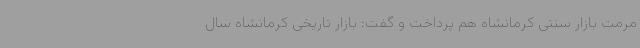
مرمت بازار سنتی کرمانشاه هم پرداخت و گفت: بازار تاریخی کرمانشاه سال